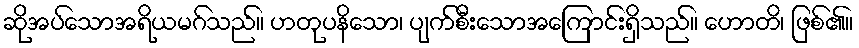
ဆိုအပ်သောအရိယမဂ်သည်။ ဟတုပနိသော၊ ပျက်စီးသောအကြောင်းရှိသည်။ ဟောတိ၊ ဖြစ်၏။